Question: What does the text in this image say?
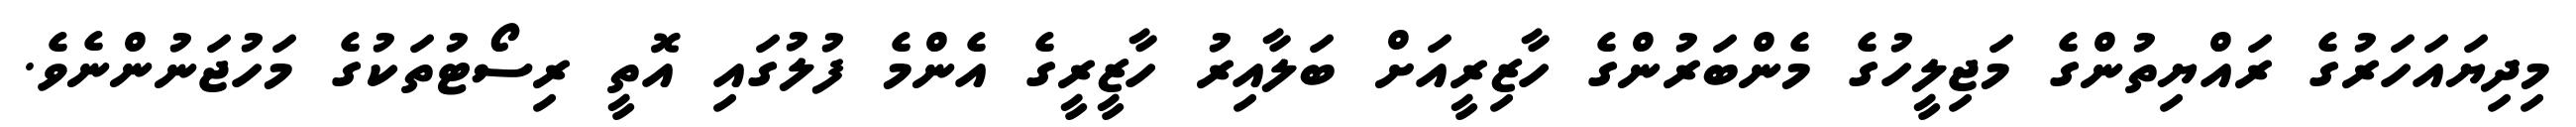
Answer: މިދިޔައަހަރުގެ ރައްޔިތުންގެ މަޖިލީހުގެ މެންބަރުންގެ ހާޒިރީއަށް ބަލާއިރު ހާޒީރީގެ އެންމެ ފުލުގައި އޮތީ ރިސޯޓުތަކުގެ މަހުޖަނުންނެވެ.